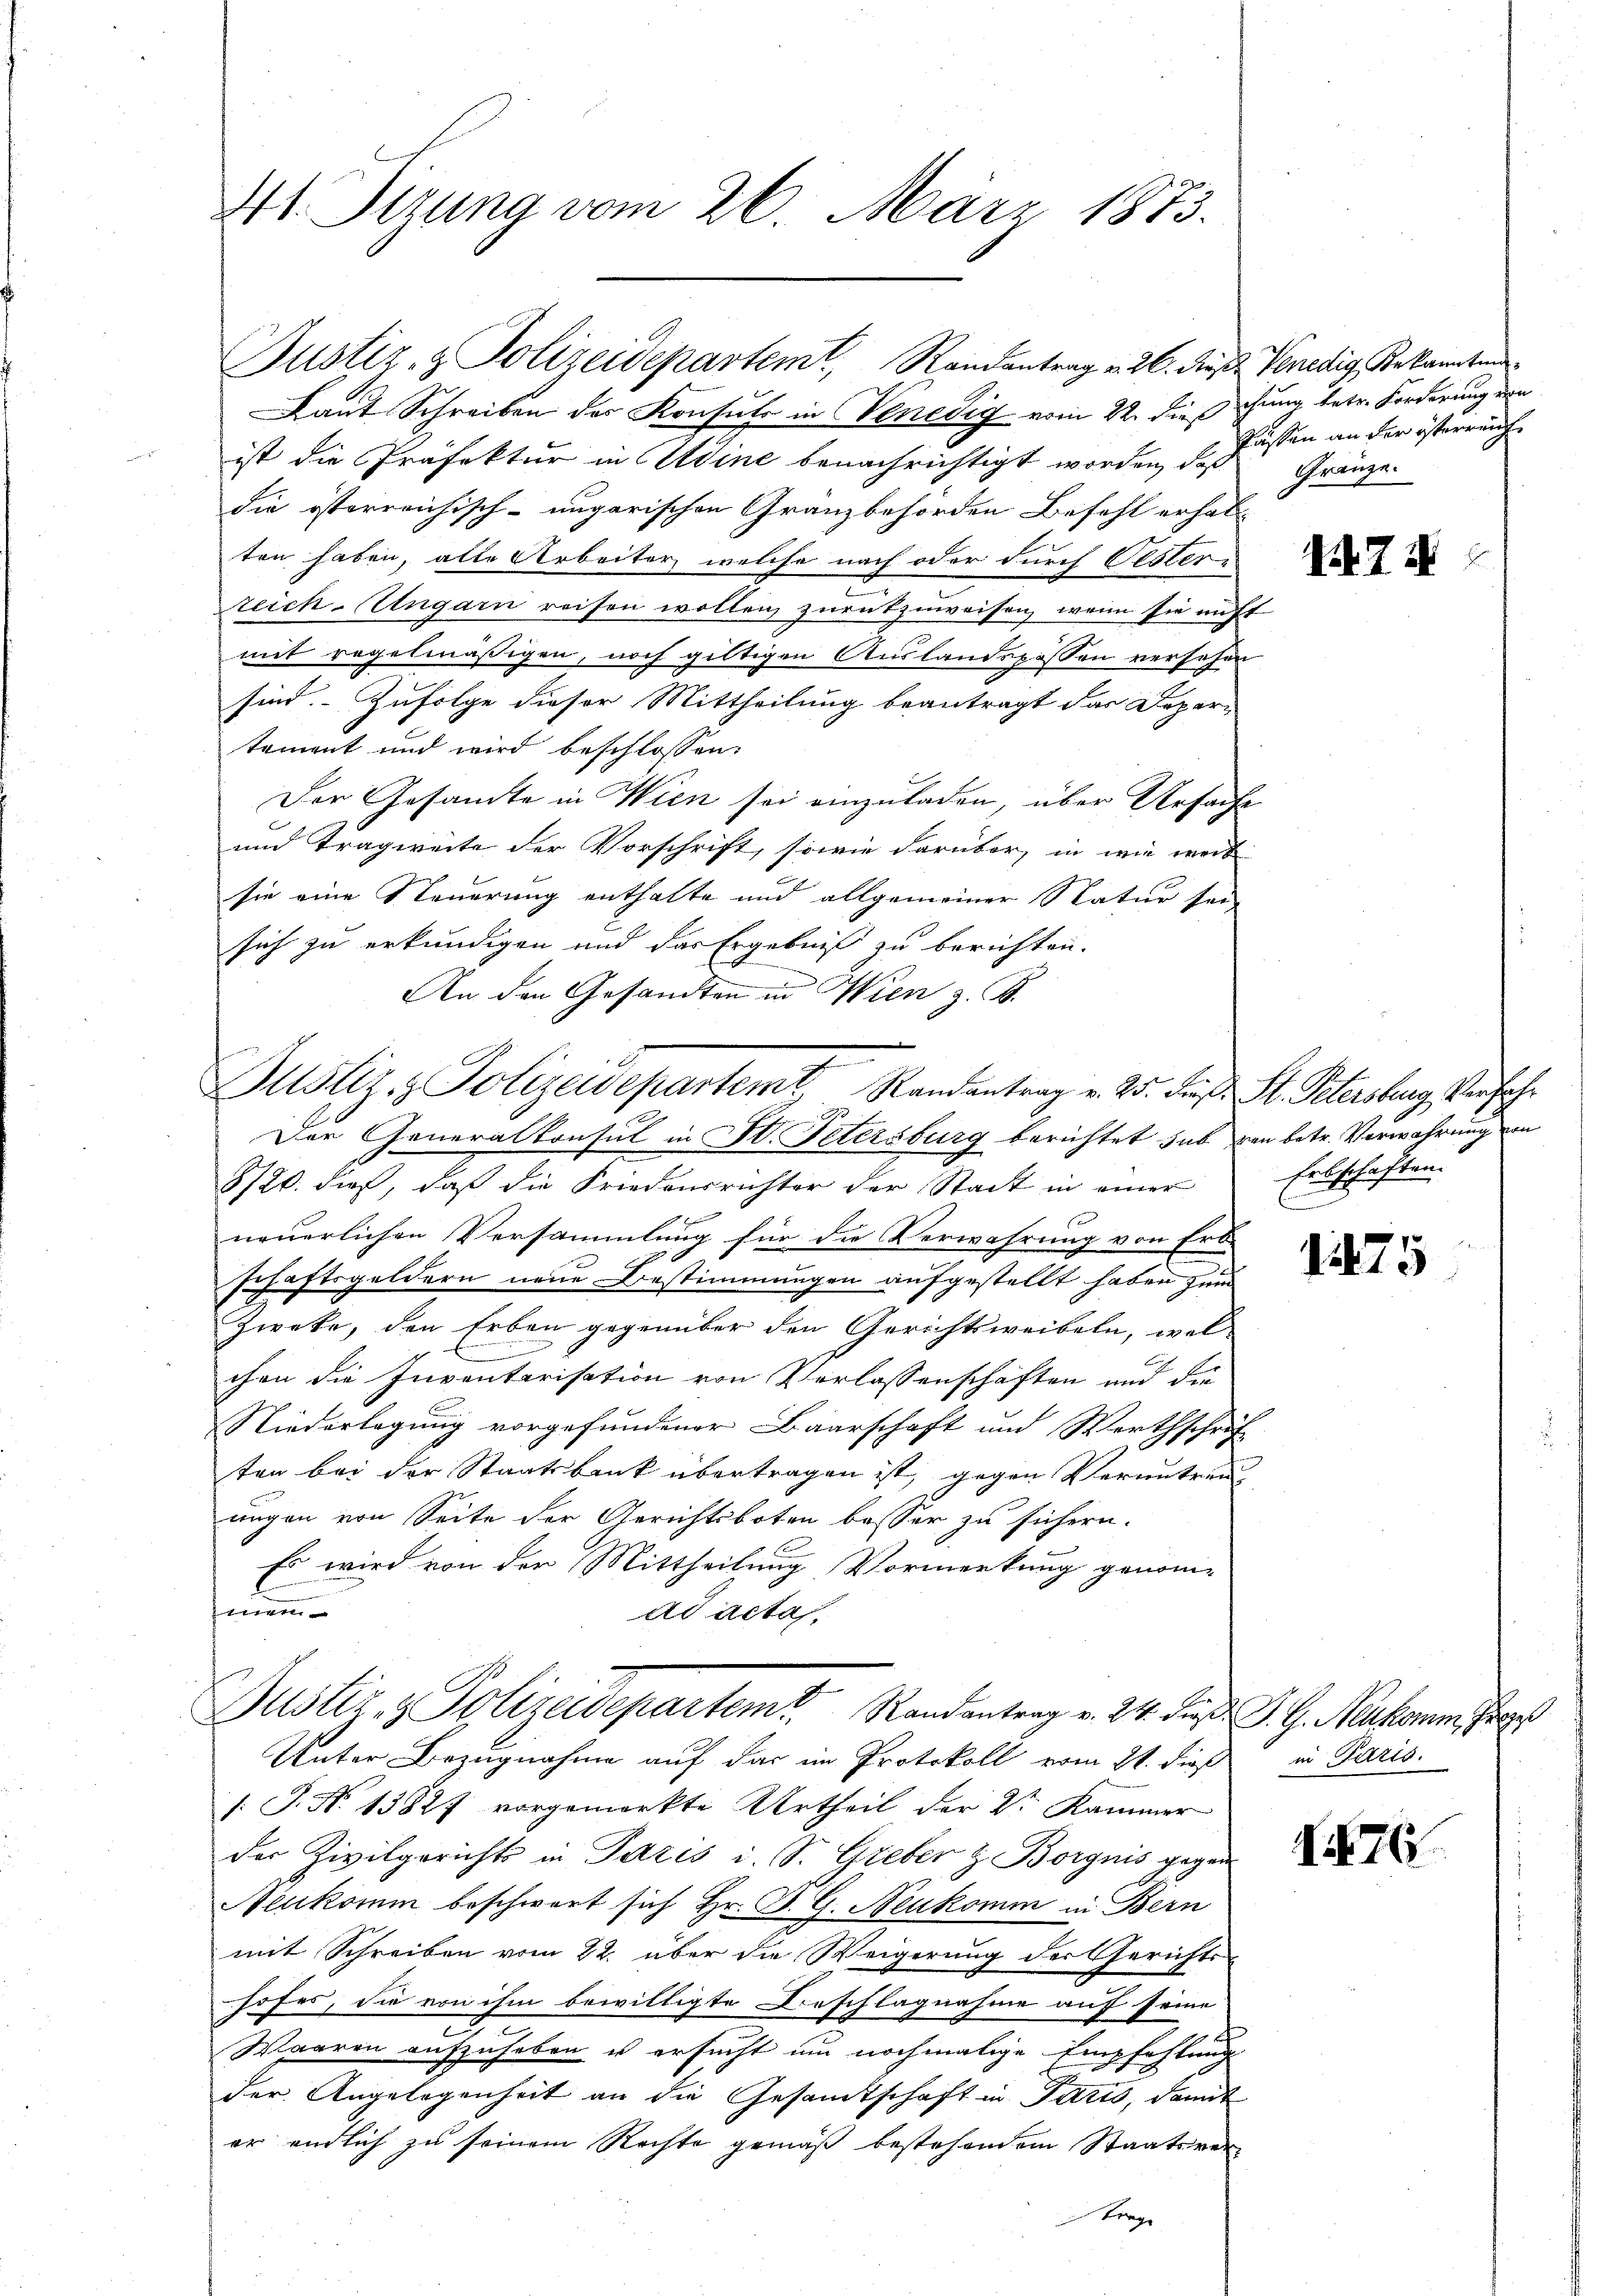
41 Sizung vom 26. März 1873.

Justiz- & Polizeidepartem Randantrag v. 26. dies Venedig, Bekanntens

Justiz & Polizeidepartemt Randantrag v. 25. Fr. St. Petersburg, Verfah
27

Laut Schreiben des Konsuls in Venedig vom 22. dieß
ist die Präfektur in Udine benachrichtigt worden, daß
die österreichisch-ungarischen Gränzbehörden Befehl erhal-
ten haben, alle Arbeiter, welche nach oder durch Oester-
reich-Ungarn reifen wollen zurückzuweisen, wenn sie auf
mit regelmäßigen, noch gültigen Auslandspassen versehe
sind. - Zufolge dieser Mittheilung beantragt das Deper-
tament und wird beschlossen:
Der Gesamte in Wien sei einzuladen, über Ursac
und Tragweite der Vorschrift, sowie darüber, in wie weis
sie eine Steuerung enthalte und allgemeiner Natur sei
sich zu erkundigen und das Ergebniß zu berichten.
An den Gesandten in Wien z. B.
Der Generalkonsul in St. Petersburg berichtet sub.
8720. dieß, daß die Friedensrichter der Stadt in einer

neuerlichen Versammlung für die Verwahrung von Erb-
schaftsgeldern neue Bestimmungen aufgestellt haben zum
Zweke, den Erben gegenüber den Gerichtsweibeln, wol-
n
chen die Inventarisation von Verlassenschaften und die
NNiederlegung vorgefundener Baarschaft und Werthschrif
ten bei der Staatsbank übertragen ist, gegen Verantren
ungen von Seite der Gerichtsboten besser zu sichern.
Es wird von der Mittheilung Vormerkung genom-
men
ad acta,
Justiz- & Polizeidepartem Randantrag v. 24. d. J. G. Neukomm, Fre
Unter Bezugnahme auf das im Protokoll vom 21. dieß in Paris.
[: J. No 13827 vorgemerkte Urtheil der Dr Kammer
der Zivilgerichts in Paris i. S. Greber & Borgnis gegen
Neukomm beschwert sich Hr. P. G. Neukomm in Bern
mit Schreiben vom 22. über die Weigerung der Gerichts-
hofes, die von ihm bewilligte Beschlagnahme auf seine
Waaren aufzuheben u ersucht um nochmalige Empfehlung
der Angelegenheit an die Gesamtschaft in Paris, damit
er endlich zu seinem Rechte gemäß bestehendem Staatsver-
berge

chung betr. Forderung von
Kassen an der österreich
Gränze.

2

.74

ven betr. Verwahrung von
Erbschaften.

1275

I76